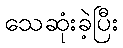
သေဆုံးခဲ့ပြီး